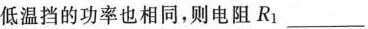
低温档的功率也相同，则电阻R_{1}___